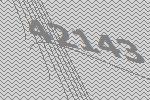
42143